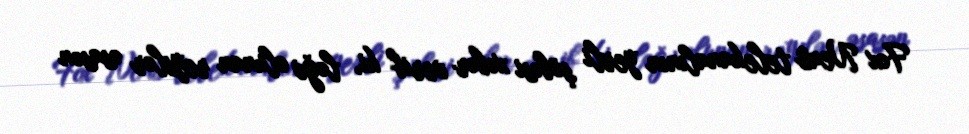
Fox News telekanalının yerli şöbəsi xəbər verib ki, ləğv olunan reyslər əsasən